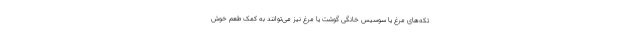
تکه‌های مرغ یا سوسیس خانگی گوشت یا مرغ نیز می‌توانند به کمک طعم خوش